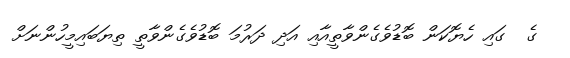
ގެ  ގައި ހެޔޮކަން ބޮޑުވެގެންވާތީއާއި އަދި ދަރުމަ ބޮޑުވެގެންވާތީ ތިޔަބައިމީހުންނަށް